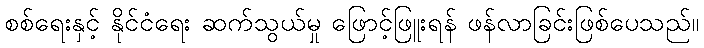
စစ်ရေးနှင့် နိုင်ငံရေး ဆက်သွယ်မှု ဖြောင့်ဖြူးရန် ဖန်လာခြင်းဖြစ်ပေသည်။